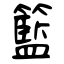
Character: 籃